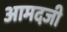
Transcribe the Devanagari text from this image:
आमदजी